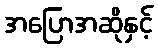
အပြောအဆိုနှင့်